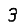
Digit: 3